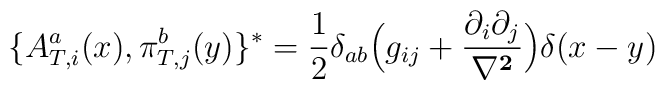
\{A^a_{T,i}(x) ,\pi^b_{T,j}(y)\}^*  =\frac{1}{2}\delta_{ab} \Big(g_{ij}+\frac{\partial_i\partial_j}{\bf \nabla^2}\Big) \delta(x-y)